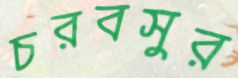
চরবসুর